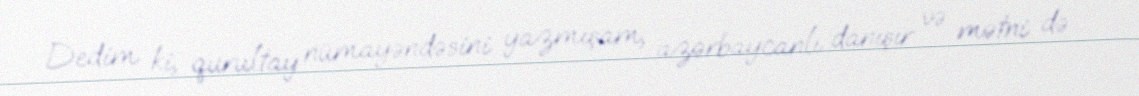
Dedim ki, qurultay nümayəndəsini yazmışam, azərbaycanlı danışır və mətni də